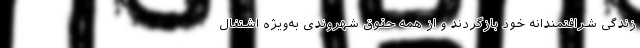
زندگی شرافتمندانه خود بازگردند و از همه حقوق شهروندی به‌ویژه اشتغال